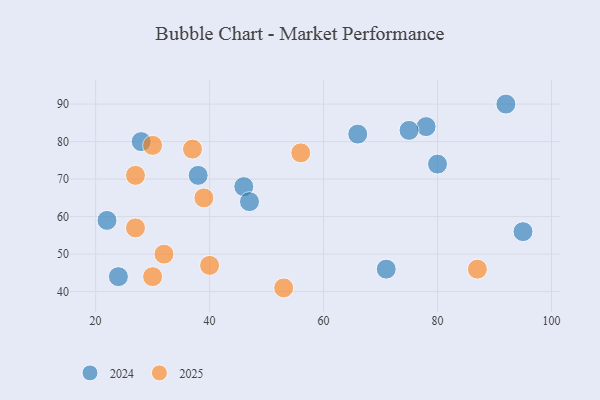
{"axis": {"x": "GDP", "y": "Life Expectancy"}, "legend": ["2024", "2025"], "data": [{"x": "40", "y": 47, "type": "2025"}, {"x": "30", "y": 79, "type": "2025"}, {"x": "32", "y": 50, "type": "2025"}, {"x": "53", "y": 41, "type": "2025"}, {"x": "56", "y": 77, "type": "2025"}, {"x": "30", "y": 44, "type": "2025"}, {"x": "87", "y": 46, "type": "2025"}, {"x": "27", "y": 71, "type": "2025"}, {"x": "37", "y": 78, "type": "2025"}, {"x": "39", "y": 65, "type": "2025"}, {"x": "27", "y": 57, "type": "2025"}, {"x": "95", "y": 56, "type": "2024"}, {"x": "92", "y": 90, "type": "2024"}, {"x": "46", "y": 68, "type": "2024"}, {"x": "66", "y": 82, "type": "2024"}, {"x": "28", "y": 80, "type": "2024"}, {"x": "24", "y": 44, "type": "2024"}, {"x": "38", "y": 71, "type": "2024"}, {"x": "71", "y": 46, "type": "2024"}, {"x": "22", "y": 59, "type": "2024"}, {"x": "78", "y": 84, "type": "2024"}, {"x": "80", "y": 74, "type": "2024"}, {"x": "47", "y": 64, "type": "2024"}, {"x": "75", "y": 83, "type": "2024"}]}